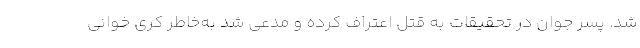
شد. پسر جوان در تحقیقات به قتل اعتراف کرده و مدعی شد به‌خاطر کری خوانی